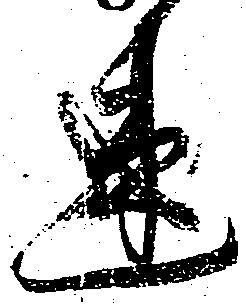
速